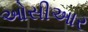
ઓસીઆર